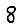
Digit: 8